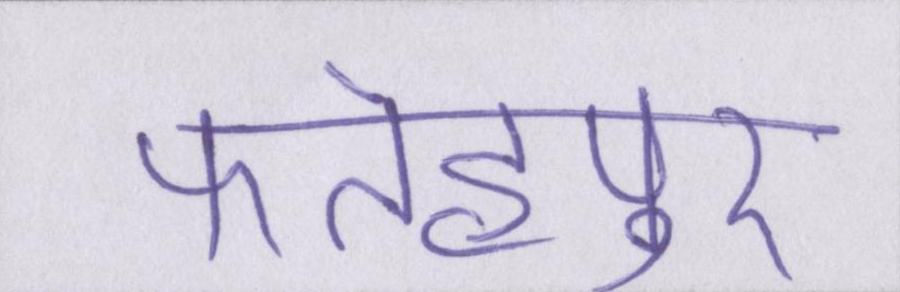
फतेहपुर